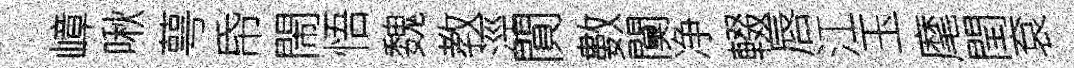
嶂啾萼帋閙悟魏教涇閴數闃净輟唇江玉麾閏袞